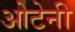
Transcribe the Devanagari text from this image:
ओटेनी